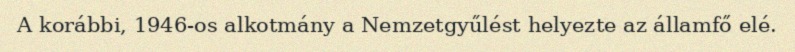
A korábbi, 1946-os alkotmány a Nemzetgyűlést helyezte az államfő elé.